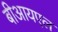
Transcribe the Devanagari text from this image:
बीआयएल